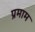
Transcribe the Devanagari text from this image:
प्रमाम